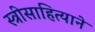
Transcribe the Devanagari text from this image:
स्त्रीसाहित्याने